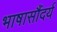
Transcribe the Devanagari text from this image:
भाषासौंदर्य